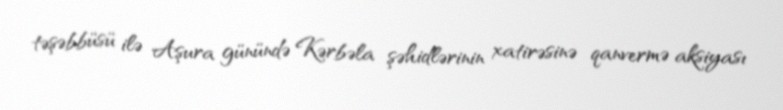
təşəbbüsü ilə Aşura günündə Kərbəla şəhidlərinin xatirəsinə qanvermə aksiyası